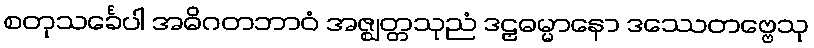
စတုသင်္ခေပါ အဓိဂတဘာဝံ အဇ္ဈတ္တသုညံ ဒဠှဓမ္မာနော ဒဿေတဗ္ဗေသု